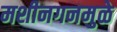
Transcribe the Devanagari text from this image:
मशीनगनमुळे